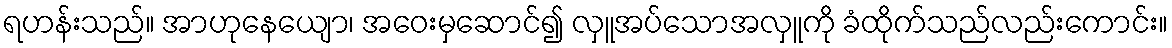
ရဟန်းသည်။ အာဟုနေယျော၊ အဝေးမှဆောင်၍ လှူအပ်သောအလှူကို ခံထိုက်သည်လည်းကောင်း။